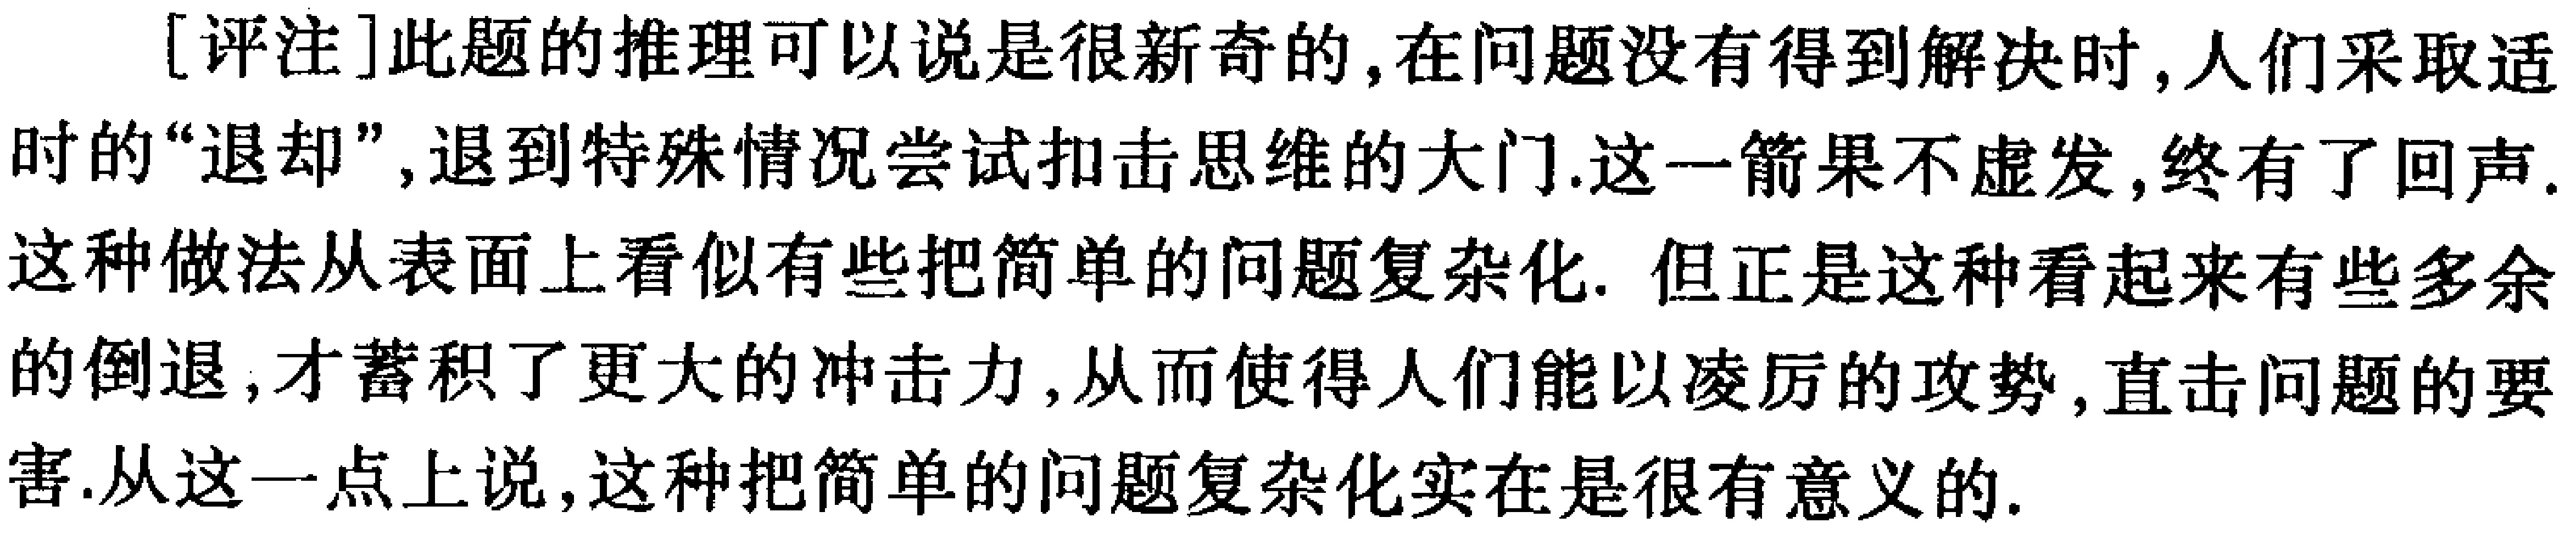
[评注]此题的推理可以说是很新奇的,在问题没有得到解决时,人们采取适时的“退却”,退到特殊情况尝试扣击思维的大门.这一箭果不虚发,终有了回声.这种做法从表面上看似有些把简单的问题复杂化. 但正是这种看起来有些多余的倒退,才蓄积了更大的冲击力,从而使得人们能以凌厉的攻势,直击问题的要害.从这一点上说,这种把简单的问题复杂化实在是很有意义的.